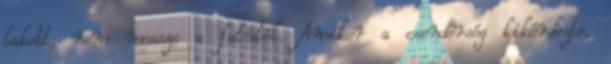
lakott, nem messze a falutól. Amikor a csendőrség kikérdezte,